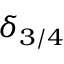
\delta _ { 3 / 4 }